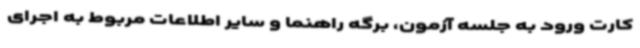
کارت ورود به جلسه آزمون، برگه راهنما و سایر اطلاعات مربوط به اجرای